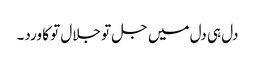
دل ہی دل میں جل تو جلال تو کا ورد۔